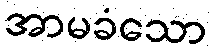
အာမခံသော